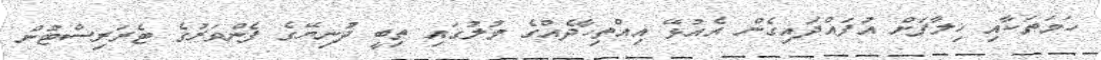
ހަމަތަކާއި ޚިލާފަށް އުފައްދައިގެން އެއުޅޭ އިއްތިހާދެއްގެ މުލުގައި ތިބީ ދުނިޔޭގެ ފެންވަރުގެ ޓެރަރިސްޓުން